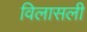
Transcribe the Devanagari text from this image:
विलासली